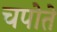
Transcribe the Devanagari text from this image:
चपोते